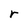
Character: r